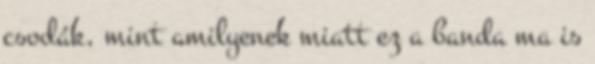
csodák, mint amilyenek miatt ez a banda ma is